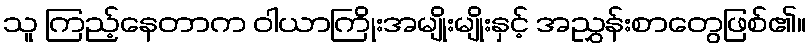
သူ ကြည့်နေတာက ဝါယာကြိုးအမျိုးမျိုးနှင့် အညွှန်းစာတွေဖြစ်၏။